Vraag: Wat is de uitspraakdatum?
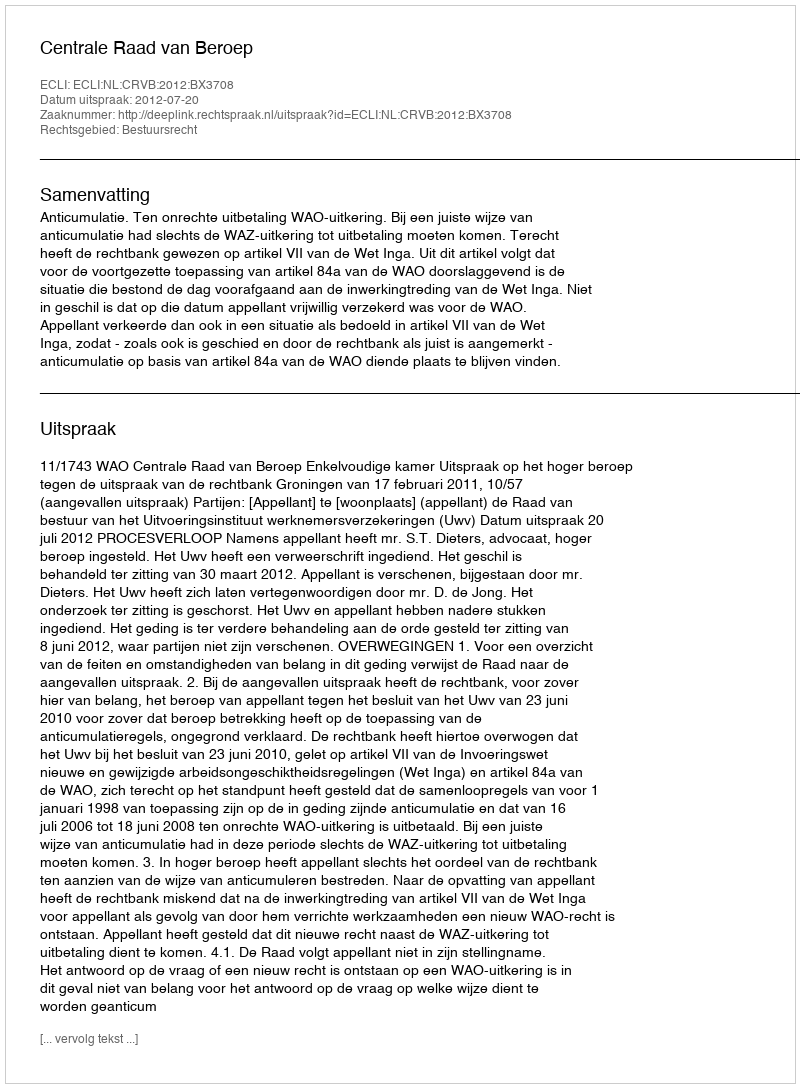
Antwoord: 2012-07-20